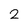
Character: 2